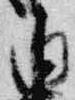
内